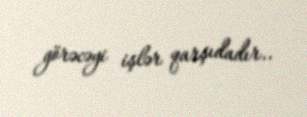
görəcəyi işlər qarşıdadır..